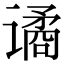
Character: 谲